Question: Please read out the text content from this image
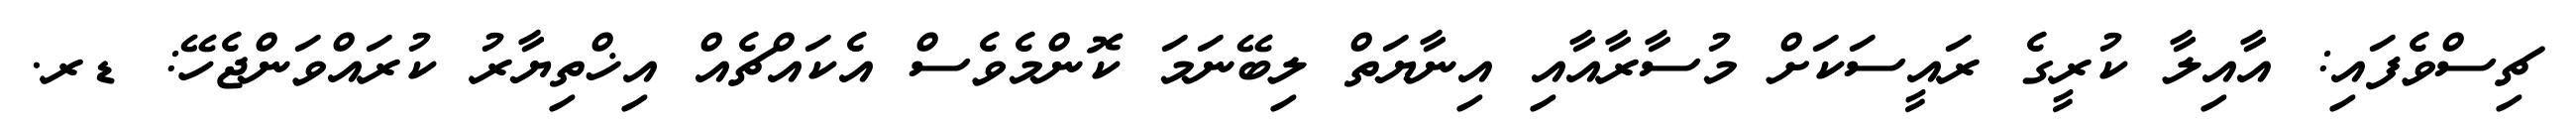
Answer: ޗިސްވެފައި: އާއިލާ ކުރީގެ ރައީސަކަށް މުސާރާއާއި އިނާޔަތް ލިބޭނަމަ ކޮންމެވެސް އެކައްޗެއް އިޚްތިޔާރު ކުރައްވަންޖެހޭ: ޑރ.